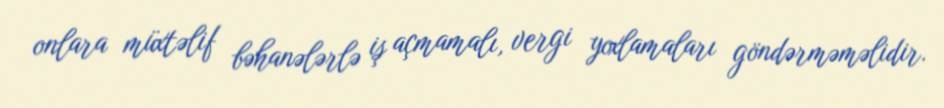
onlara müxtəlif bəhanələrlə iş açmamalı, vergi yoxlamaları göndərməməlidir.